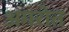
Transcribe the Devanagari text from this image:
अमरोत